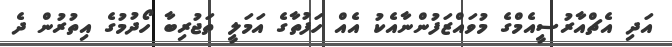
އަދި އެޗްއާރުސީއެމްގެ މުވައްޒަފުންނާއެކު އެއް ހަފުތާގެ އަމަލީ ތަޖުރިބާ ހޯދުމުގެ އިތުުރުން ދެ